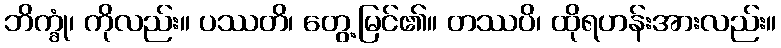
ဘိက္ခုံ၊ ကိုလည်း။ ပဿတိ၊ တွေ့မြင်၏။ တဿပိ၊ ထိုရဟန်းအားလည်း။